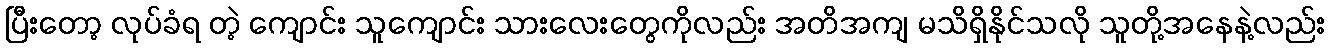
ပြီးတော့ လုပ်ခံရ တဲ့ ကျောင်း သူကျောင်း သားလေးတွေကိုလည်း အတိအကျ မသိရှိနိုင်သလို သူတို့အနေနဲ့လည်း